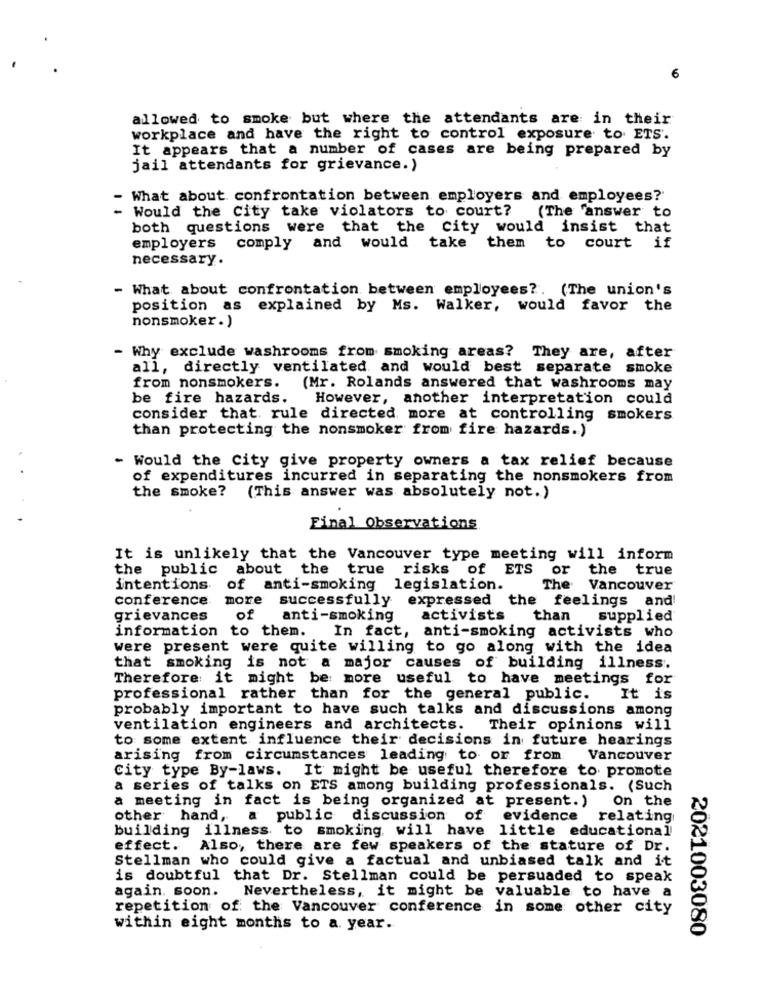
6
allowed to smoke but where the attendants are in their
workplace and have the right to control exposure to ETS'.
It appears that a number of cases are being prepared by
jail attendants for grievance.)
What about confrontation between employers and employees?
Would the City take violators to court?
(The answer to
both questions were that the city would insist that
employers comply and would take
them to court if
necessary.
- What about confrontation between employees ?. (The union's
position as
explained by Ms. Walker, would favor the
nonsmoker.)
- Why exclude washrooms from smoking areas? They are, after
all, directly ventilated and would best separate smoke
from nonsmokers.
(Mr. Rolands answered that washrooms may
be fire hazards.
However, another interpretation could
consider that. rule directed, more at controlling smokers
than protecting the nonsmoker from fire hazards. )
- Would the City give property owners a tax relief because
..
of expenditures incurred in separating the nonsmokers from
the smoke? (This answer was absolutely not.)
Final Observations
It is unlikely that the Vancouver type meeting will inform
the public about the
true risks of ETS or the true
intentions of anti-smoking
legislation.
The Vancouver
conference more successfully expressed the
feelings and
grievances
of
anti-smoking
activists
than
supplied
information to them.
.In fact, anti-smoking activists who
were present were quite willing to go along with the idea
that smoking is not a major causes of building illness.
Therefore it might be more useful to have meetings for
professional rather than for the general public.
It is
probably important to have such talks and discussions among
ventilation engineers and architects.
Their opinions will
to some extent influence their decisions in future hearings
arising from circumstances leading to or from Vancouver
City type By-laws.
It might be useful therefore to promote
a series of talks on ETS among building professionals. (Such
a meeting in fact is being organized at present.)
On the
other hand,
a public discussion of evidence
relating
building illness to smoking, will have little educational
effect. Also, there are few speakers of the stature of Dr.
Stellman who could give a factual and unbiased talk and it
is doubtful that Dr. Stellman could be persuaded to speak
again. soon.
Nevertheless, it might be valuable to have a
repetition of the Vancouver conference in some other city
within eight months to a. year.
2021003080